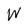
Character: W